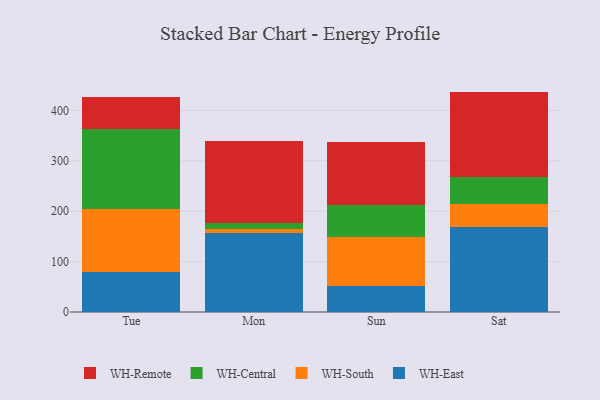
{"axis": {"x": "Day", "y": "Revenue (USD Million)"}, "legend": ["WH-Central", "WH-East", "WH-Remote", "WH-South"], "data": [{"x": "Tue", "y": 79.5, "type": "WH-East"}, {"x": "Tue", "y": 124.8, "type": "WH-South"}, {"x": "Tue", "y": 159.4, "type": "WH-Central"}, {"x": "Tue", "y": 62.3, "type": "WH-Remote"}, {"x": "Mon", "y": 156.2, "type": "WH-East"}, {"x": "Mon", "y": 8.1, "type": "WH-South"}, {"x": "Mon", "y": 11.9, "type": "WH-Central"}, {"x": "Mon", "y": 162.5, "type": "WH-Remote"}, {"x": "Sun", "y": 50.9, "type": "WH-East"}, {"x": "Sun", "y": 98.5, "type": "WH-South"}, {"x": "Sun", "y": 63.8, "type": "WH-Central"}, {"x": "Sun", "y": 123.7, "type": "WH-Remote"}, {"x": "Sat", "y": 168.4, "type": "WH-East"}, {"x": "Sat", "y": 46.1, "type": "WH-South"}, {"x": "Sat", "y": 52.9, "type": "WH-Central"}, {"x": "Sat", "y": 170.0, "type": "WH-Remote"}]}